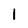
Character: l